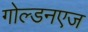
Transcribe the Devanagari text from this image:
गोल्डनएज